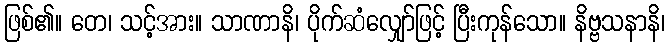
ဖြစ်၏။ တေ၊ သင့်အား။ သာဏာနိ၊ ပိုက်ဆံလျှော်ဖြင့် ပြီးကုန်သော။ နိဗ္ဗသနာနိ၊